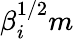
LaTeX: \beta_{i}^{1/2}m